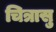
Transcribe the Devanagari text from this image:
चित्रासु